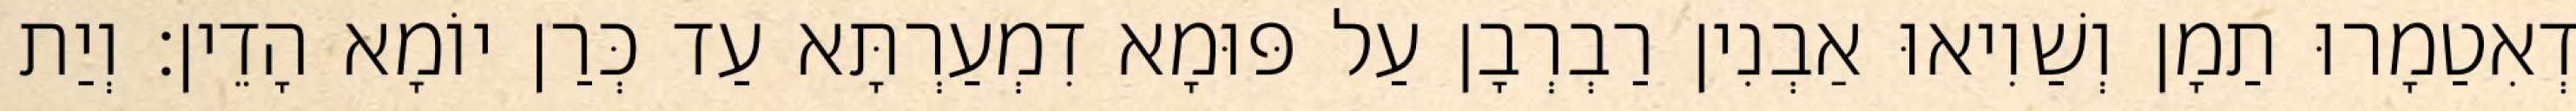
דְאִטַמָרוּ תַמָן וְשַׁוִיאוּ אַבְנִין רַבְרְבָן עַל פּוּמָא דִמְעַרְתָּא עַד כְּרַן יוֹמָא הָדֵין׃ וְיַת